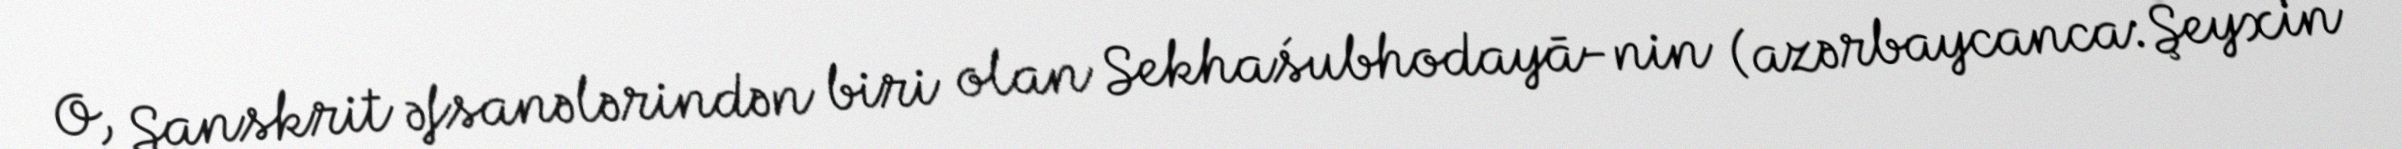
O, Sanskrit əfsanələrindən biri olan Sekhaśubhodayā-nin (azərbaycanca:Şeyxin